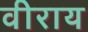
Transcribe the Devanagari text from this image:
वीराय